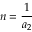
n = \frac { 1 } { a _ { 2 } }